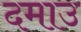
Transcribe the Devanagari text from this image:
दमाउ